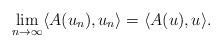
LaTeX: \begin{align*}\lim_{n\rightarrow\infty} \langle A(u_n), u_n \rangle = \langle A(u), u \rangle .\end{align*}